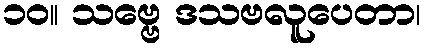
၁၀။ သဗ္ဗေ ဒသဗလူပေတာ၊